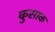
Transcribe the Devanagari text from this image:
कुसाक